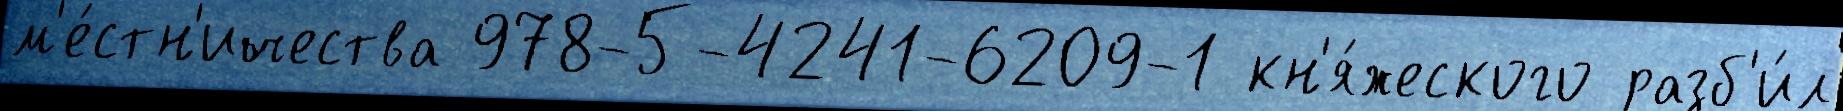
м'е́стн'ичества 978-5-4241-6209-1 кн'я́жеского разб'и́л